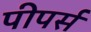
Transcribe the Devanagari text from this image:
पीपर्स